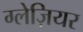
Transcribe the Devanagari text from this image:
ग्लेज़ियर